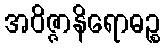
အဝိဇ္ဇာနိရောဓဉ္စ